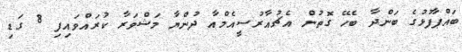
ބައްޕާފުޅުގެ ބަންދާ ބެހޭ ގޮތުން އެޗުއާރުސީއެމްއާ ދުންޔާ މަޝްވަރާ ކުރައްވައިފި 8 ގަޑި